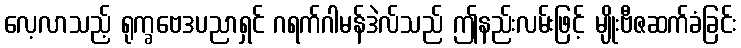
လေ့လာသည့် ရုက္ခဗေဒပညာရှင် ဂရက်ဂါမန်ဒဲလ်သည် ဤနည်းလမ်းဖြင့် မျိုးဗီဇဆက်ခံခြင်း